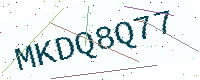
Text: MKDQ8Q77